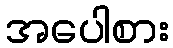
အပေါစား